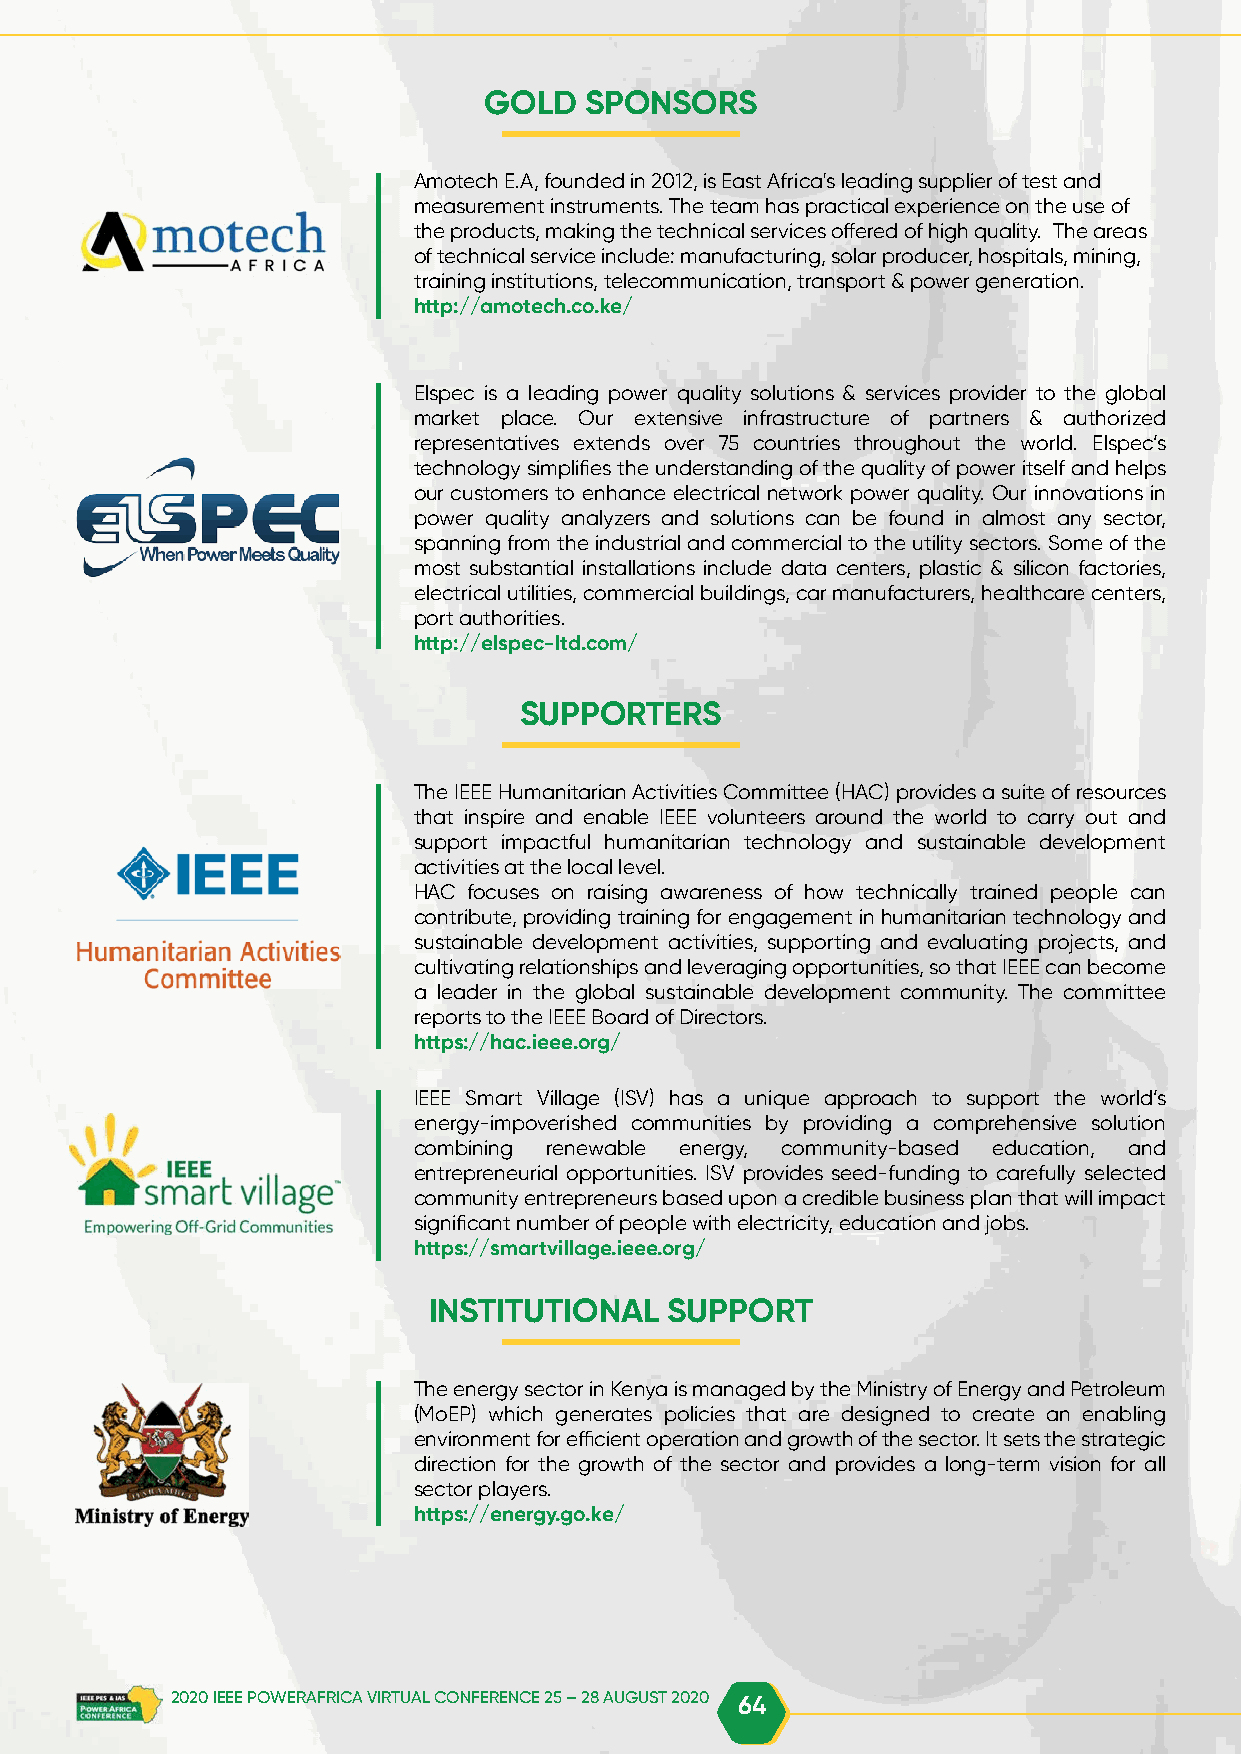
GOLD   SPONSORS
 Amotech E.A, founded in 2012, is East Africa's leading supplier of test and
 measurement instruments. The team has practical experience on the use of
 the products, making the technical services offered of high quality. The areas
 of technical service include: manufacturing, solar producer, hospitals, mining,
 training institutions, telecommunication, transport & power generation.
 http://amotech.co.ke/
 Elspec is a leading power quality solutions & services provider to the global
 market place. Our extensive infrastructure of partners & authorized
 representatives extends over 75 countries throughout the world. Elspec’s
 technology simplifies the understanding of the quality of power itself and helps
 our customers to enhance electrical network power quality. Our innovations in
 power quality analyzers and solutions can be found in almost any sector,
 spanning from the industrial and commercial to the utility sectors. Some of the
 most substantial installations include data centers, plastic & silicon factories,
 electrical utilities, commercial buildings, car manufacturers, healthcare centers,
 port authorities.
 http://elspec-ltd.com/
 SUPPORTERS
 The IEEE Humanitarian Activities Committee (HAC) provides a suite of resources
 that inspire and enable IEEE volunteers around the world to carry out and
 support impactful humanitarian technology and sustainable development
 activities at the local level.
 HAC focuses on raising awareness of how technically trained people can
 contribute, providing training for engagement in humanitarian technology and
 sustainable development activities, supporting and evaluating projects, and
 cultivating relationships and leveraging opportunities, so that IEEE can become
 a leader in the global sustainable development community. The committee
 reports to the IEEE Board of Directors.
 https://hac.ieee.org/
 IEEE Smart Village (ISV) has a unique approach to support the world’s
 energy-impoverished communities by providing a comprehensive solution
 combining renewable energy, community-based education, and
 entrepreneurial opportunities. ISV provides seed-funding to carefully selected
 community entrepreneurs based upon a credible business plan that will impact
 significant number of people with electricity, education and jobs.
 https://smartvillage.ieee.org/
 INSTITUTIONAL   SUPPORT
 The energy sector in Kenya is managed by the Ministry of Energy and Petroleum
 (MoEP) which generates policies that are designed to create an enabling
 environment for efficient operation and growth of the sector. It sets the strategic
 direction for the growth of the sector and provides a long-term vision for all
 sector players.
 https://energy.go.ke/
 2020 IEEE POWERAFRICA VIRTUAL CONFERENCE 25 – 28 AUGUST 2020 64